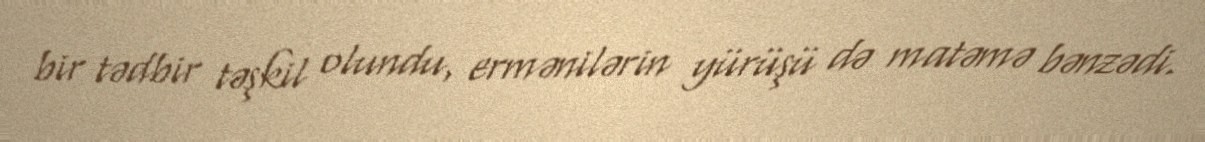
bir tədbir təşkil olundu, ermənilərin yürüşü də matəmə bənzədi.